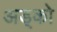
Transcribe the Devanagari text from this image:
अड्को